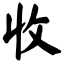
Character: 收